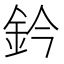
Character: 鈐